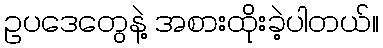
ဥပဒေတွေနဲ့ အစားထိုးခဲ့ပါတယ်။